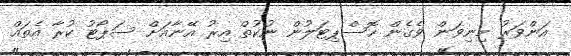
އަންވަރު މިނިވަން ވެގެން ހޮސްޕިޓަލުން ނުކުތް އިރު އޭނާއަށް ސަޕޯޓު ކުރާ އެތައް